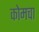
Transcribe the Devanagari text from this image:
कोमचा